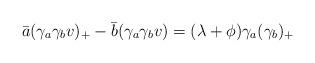
LaTeX: \begin{align*} \bar{a}(\gamma_a\gamma_b v)_+-\bar{b}(\gamma_a\gamma_b v)=(\lambda+\phi)\gamma_a(\gamma_b)_+\end{align*}